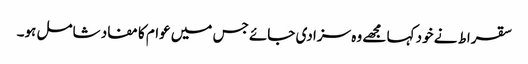
سقراط نے خود کہا مجھے وہ سزا دی جائے جس میں عوام کا مفاد شامل ہو۔